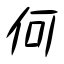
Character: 何